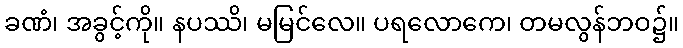
ခဏံ၊ အခွင့်ကို။ နပဿိ၊ မမြင်လေ။ ပရလောကေ၊ တမလွန်ဘဝ၌။